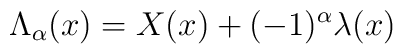
{\Lambda}_{\alpha}(x)=X(x)+(-1)^{\alpha}{\lambda}(x)